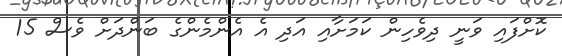
ކޮށްފައި ވަނީ ދިވެހިން ކަމަށާއި އަދި އެ އެންމެންގެ ބަންދަށް ވެސް 15